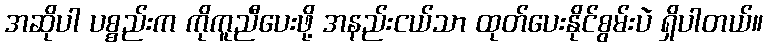
အဆိုပါ ပစ္စည်းက ကိုကူညီပေးဖို့ အနည်းငယ်သာ ထုတ်ပေးနိုင်စွမ်းပဲ ရှိပါတယ်။